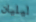
ليليان